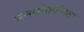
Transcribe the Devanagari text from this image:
सत्तासंघर्षानंतर